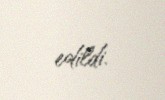
edildi.